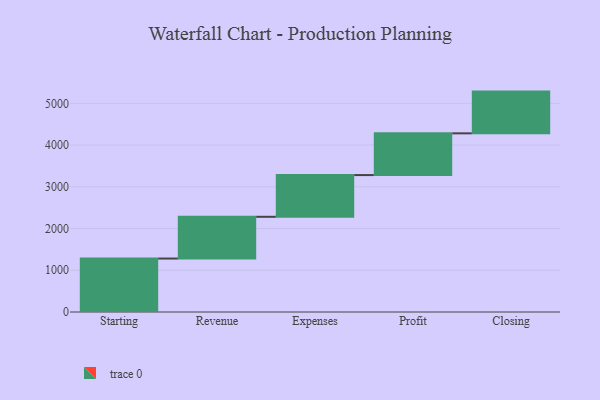
{"axis": {"x": "Step", "y": "Value"}, "legend": [""], "data": [{"x": "Starting", "y": 1281.0, "type": ""}, {"x": "Revenue", "y": 1000, "type": ""}, {"x": "Expenses", "y": 1000, "type": ""}, {"x": "Profit", "y": 1000, "type": ""}, {"x": "Closing", "y": 1000, "type": ""}]}